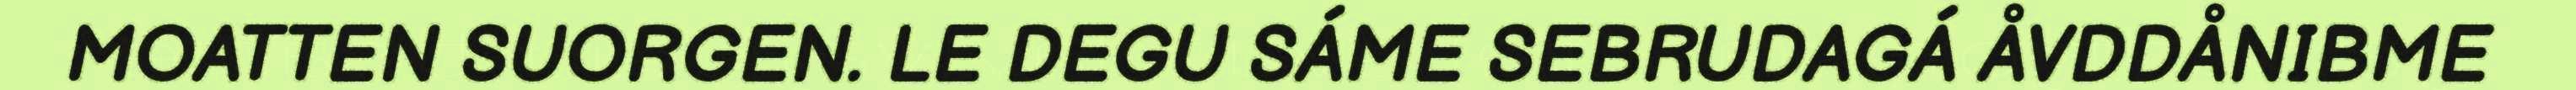
MOATTEN SUORGEN. LE DEGU SÁME SEBRUDAGÁ ÅVDDÅNIBME